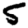
Digit: 5